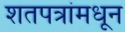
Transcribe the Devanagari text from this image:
शतपत्रांमधून